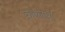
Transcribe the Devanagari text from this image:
कल्लारा